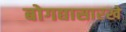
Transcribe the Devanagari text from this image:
बोगद्यासारखे